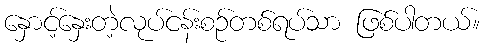
နှောင့်နှေးတဲ့လုပ်ငန်းစဉ်တစ်ရပ်သာ ဖြစ်ပါတယ်။